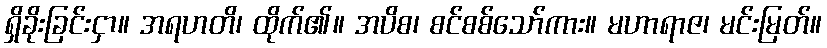
ရှိခိုးခြင်းငှာ။ အရဟတိ၊ ထိုက်၏။ အပိစ၊ စင်စစ်သော်ကား။ မဟာရာဇ၊ မင်းမြတ်။